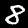
Digit: 8